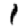
Digit: 1